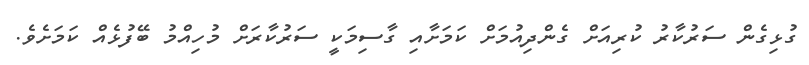
ގުޅިގެން ސަރުކާރު ކުރިއަށް ގެންދިއުމަށް ކަމަށާއި ގާސިމަކީ ސަރުކާރަށް މުހިއްމު ބޭފުޅެއް ކަމަށެވެ.